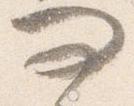
問